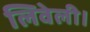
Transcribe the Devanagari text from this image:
लिवेली।